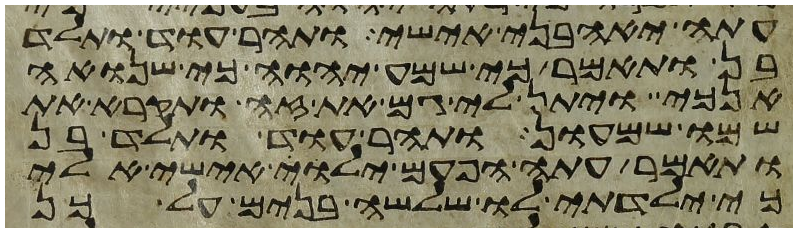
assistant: עתה יאהבני אישי ותהר עוד ותלד
בן ותאמר כי שמע יהוה כי שנואה
אנכי ויתן לי גם את זה ותקרא את
שמו שמעון ותהר עוד ותלד בן
ותאמר עתה הפעם ילוה אישי אלי
כי ילדתי לו שלשה בנים על כן